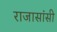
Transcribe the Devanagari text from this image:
राजासांसी